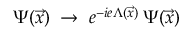
\Psi ( \vec { x } ) \; \rightarrow \; e ^ { - i e \Lambda ( \vec { x } ) } \: \Psi ( \vec { x } )